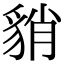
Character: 𧳍